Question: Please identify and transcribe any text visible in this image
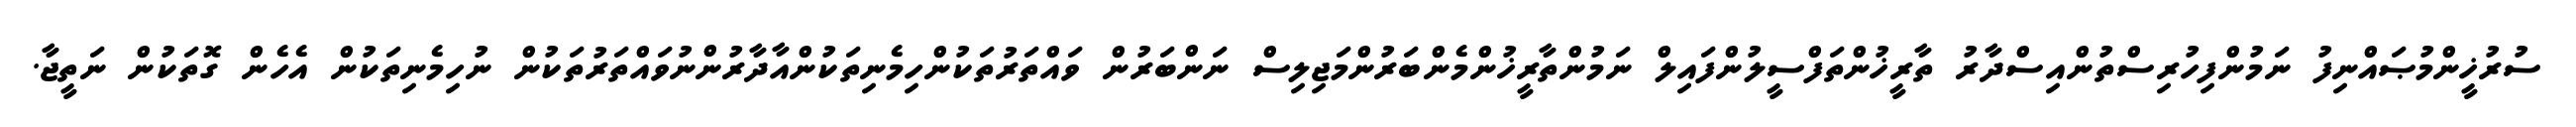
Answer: ސުރުޚީންމުޞައްނިފު ނަމުންފިހުރިސްތުންއިސްދާރު ތާރީޚުންތަފްސީލުންފައިލް ނަމުންތާރީޚުންމެންބަރުންމަޖިލިސް ނަންބަރުން ވައްތަރުތަކުންހިމެނިތަކުންއާދާރުންނުވައްތަރުތަކުން ނުހިމެނިތަކުން އެހެން ގޮތަކުން ނަތީޖާ.